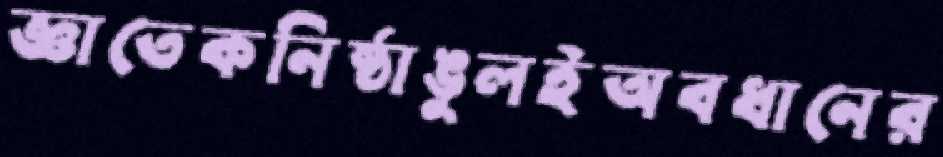
জ্ঞাতেকনিষ্ঠাঙুলইঅবধানের